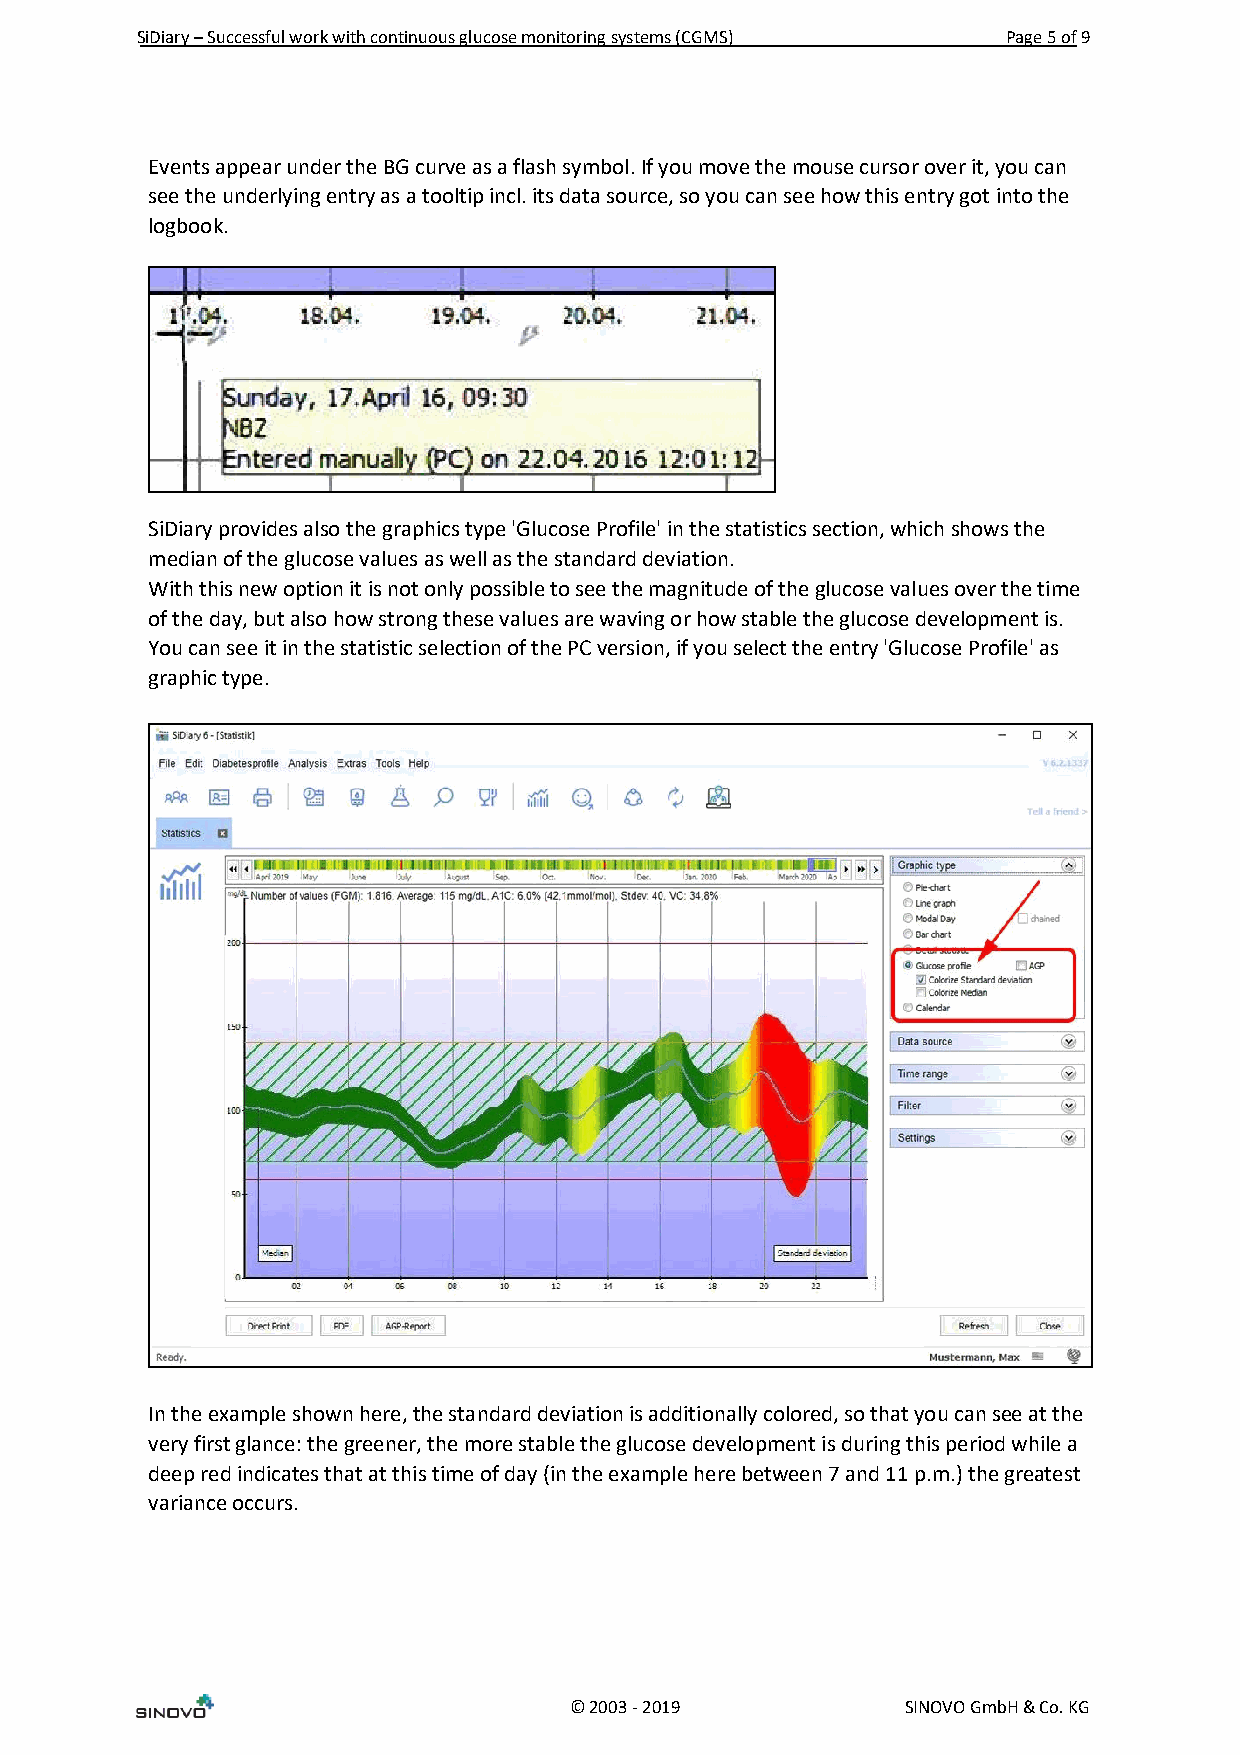
SiDiary – Successful work with continuous glucose monitoring systems (CGMS) Page 5 of 9
 Events appear under the BG curve as a flash symbol. If you move the mouse cursor over it, you can
 see the underlying entry as a tooltip incl. its data source, so you can see how this entry got into the
 logbook.
 SiDiary provides also the graphics type 'Glucose Profile' in the statistics section, which shows the
 median of the glucose values as well as the standard deviation.
 With this new option it is not only possible to see the magnitude of the glucose values over the time
 of the day, but also how strong these values are waving or how stable the glucose development is.
 You can see it in the statistic selection of the PC version, if you select the entry 'Glucose Profile' as
 graphic type.
 In the example shown here, the standard deviation is additionally colored, so that you can see at the
 very first glance: the greener, the more stable the glucose development is during this period while a
 deep red indicates that at this time of day (in the example here between 7 and 11 p.m.) the greatest
 variance occurs.
 © 2003 - 2019         SINOVO GmbH & Co. KG